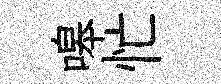
嗥忙